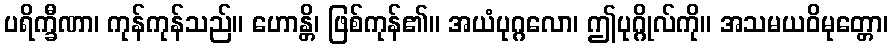
ပရိက္ခီဏာ၊ ကုန်ကုန်သည်။ ဟောန္တိ၊ ဖြစ်ကုန်၏။ အယံပုဂ္ဂလော၊ ဤပုဂ္ဂိုလ်ကို။ အသမယဝိမုတ္တော၊